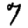
Digit: 7